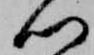
心